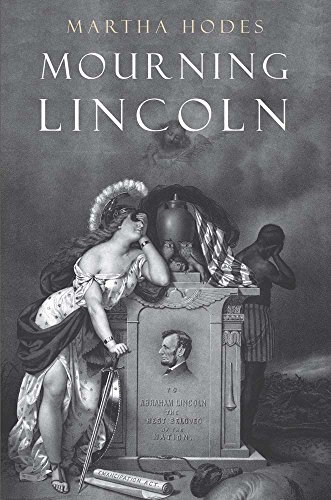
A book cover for Mourning Lincoln; Martha Hodes; History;